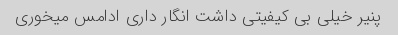
پنیر خیلی بی کیفیتی داشت انگار داری ادامس میخوری